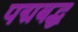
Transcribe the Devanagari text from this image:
पद्मबद्ध